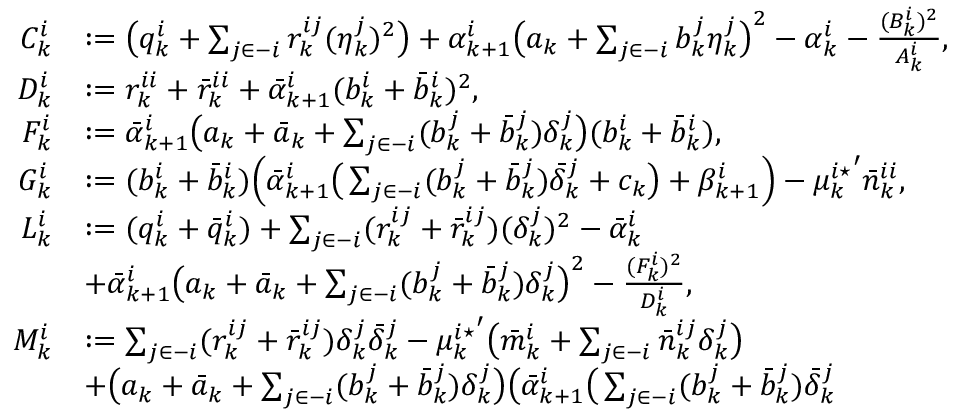
\begin{array} { r l } { C _ { k } ^ { i } } & { : = \big ( q _ { k } ^ { i } + \sum _ { j \in - i } r _ { k } ^ { i j } ( \eta _ { k } ^ { j } ) ^ { 2 } \big ) + \alpha _ { k + 1 } ^ { i } \big ( a _ { k } + \sum _ { j \in - i } b _ { k } ^ { j } \eta _ { k } ^ { j } \big ) ^ { 2 } - \alpha _ { k } ^ { i } - \frac { ( B _ { k } ^ { i } ) ^ { 2 } } { A _ { k } ^ { i } } , } \\ { D _ { k } ^ { i } } & { : = r _ { k } ^ { i i } + \bar { r } _ { k } ^ { i i } + \bar { \alpha } _ { k + 1 } ^ { i } ( b _ { k } ^ { i } + \bar { b } _ { k } ^ { i } ) ^ { 2 } , } \\ { F _ { k } ^ { i } } & { : = \bar { \alpha } _ { k + 1 } ^ { i } \big ( a _ { k } + \bar { a } _ { k } + \sum _ { j \in - i } ( b _ { k } ^ { j } + \bar { b } _ { k } ^ { j } ) \delta _ { k } ^ { j } \big ) ( b _ { k } ^ { i } + \bar { b } _ { k } ^ { i } ) , } \\ { G _ { k } ^ { i } } & { : = ( b _ { k } ^ { i } + \bar { b } _ { k } ^ { i } ) \Big ( \bar { \alpha } _ { k + 1 } ^ { i } \big ( \sum _ { j \in - i } ( b _ { k } ^ { j } + \bar { b } _ { k } ^ { j } ) \bar { \delta } _ { k } ^ { j } + c _ { k } \big ) + \beta _ { k + 1 } ^ { i } \Big ) - { \mu _ { k } ^ { i \star } } ^ { \prime } \bar { n } _ { k } ^ { i i } , } \\ { L _ { k } ^ { i } } & { : = ( q _ { k } ^ { i } + \bar { q } _ { k } ^ { i } ) + \sum _ { j \in - i } ( r _ { k } ^ { i j } + \bar { r } _ { k } ^ { i j } ) ( \delta _ { k } ^ { j } ) ^ { 2 } - \bar { \alpha } _ { k } ^ { i } } \\ & { + \bar { \alpha } _ { k + 1 } ^ { i } \big ( a _ { k } + \bar { a } _ { k } + \sum _ { j \in - i } ( b _ { k } ^ { j } + \bar { b } _ { k } ^ { j } ) \delta _ { k } ^ { j } \big ) ^ { 2 } - \frac { ( F _ { k } ^ { i } ) ^ { 2 } } { D _ { k } ^ { i } } , } \\ { M _ { k } ^ { i } } & { : = \sum _ { j \in - i } ( r _ { k } ^ { i j } + \bar { r } _ { k } ^ { i j } ) \delta _ { k } ^ { j } \bar { \delta } _ { k } ^ { j } - { \mu _ { k } ^ { i \star } } ^ { \prime } \big ( \bar { m } _ { k } ^ { i } + \sum _ { j \in - i } \bar { n } _ { k } ^ { i j } \delta _ { k } ^ { j } \big ) } \\ & { + \big ( a _ { k } + \bar { a } _ { k } + \sum _ { j \in - i } ( b _ { k } ^ { j } + \bar { b } _ { k } ^ { j } ) \delta _ { k } ^ { j } \big ) \big ( \bar { \alpha } _ { k + 1 } ^ { i } \big ( \sum _ { j \in - i } ( b _ { k } ^ { j } + \bar { b } _ { k } ^ { j } ) \bar { \delta } _ { k } ^ { j } } \end{array}